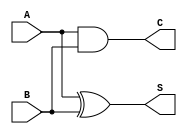
module structural (
    input   A,
    input   B,
    output  S,
    output  C
);
xor s(S, A, B);
and c(C, A, B);
    
endmodule